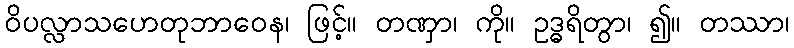
ဝိပလ္လာသဟေတုဘာဝေန၊ ဖြင့်။ တဏှာ၊ ကို။ ဥဒ္ဓရိတွာ၊ ၍။ တဿာ၊